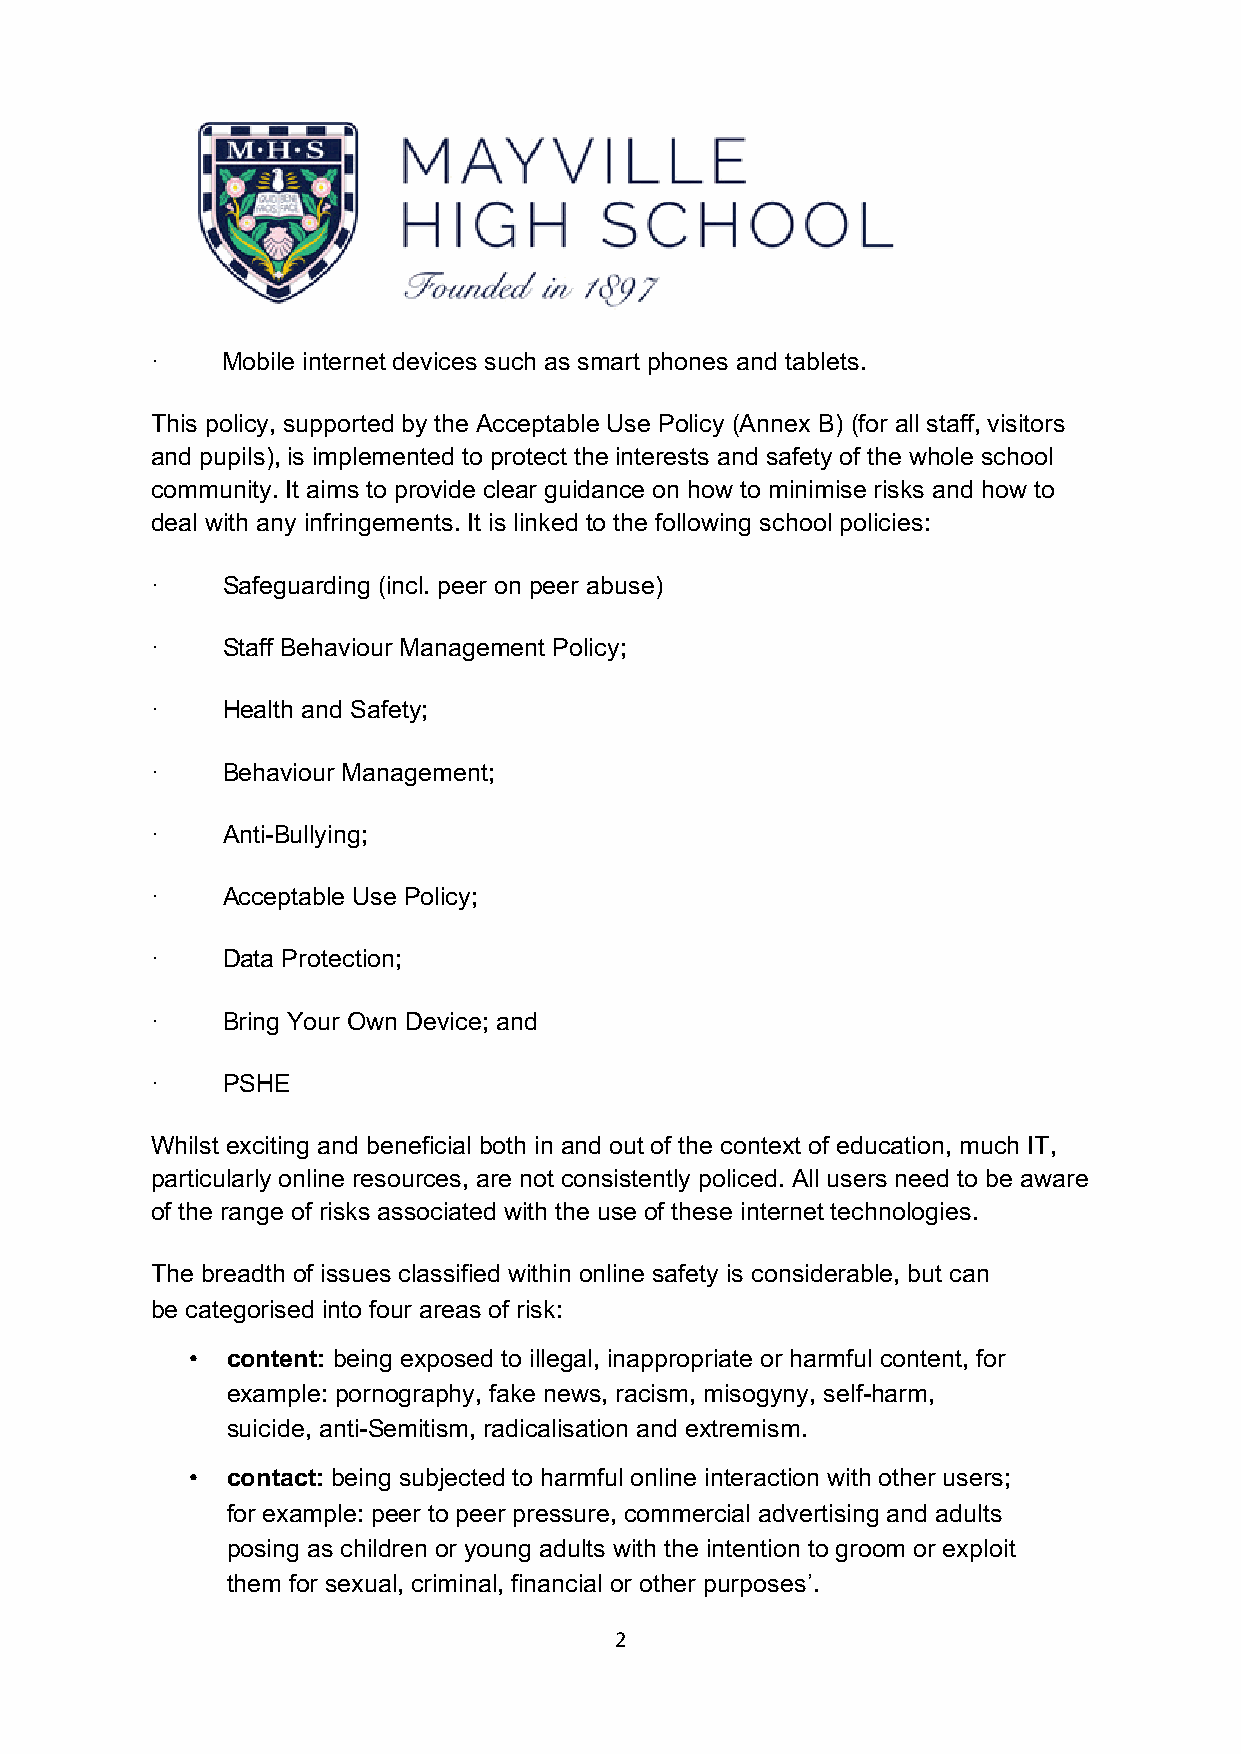
·    Mobile internet devices such as smart phones and tablets.
 This policy, supported by the Acceptable Use Policy (Annex B) (for all staff, visitors
 and pupils), is implemented to protect the interests and safety of the whole school
 community. It aims to provide clear guidance on how to minimise risks and how to
 deal with any infringements. It is linked to the following school policies:
 ·    Safeguarding (incl. peer on peer abuse)
 ·    Staff Behaviour Management Policy;
 ·    Health and Safety;
 ·    Behaviour Management;
 ·    Anti-Bullying;
 ·    Acceptable Use Policy;
 ·    Data Protection;
 ·    Bring Your Own Device; and
 ·    PSHE
 Whilst exciting and beneficial both in and out of the context of education, much IT,
 particularly online resources, are not consistently policed. All users need to be aware
 of the range of risks associated with the use of these internet technologies.
 The breadth of issues classified within online safety is considerable, but can
 be categorised into four areas of risk:
 • content: being exposed to illegal, inappropriate or harmful content, for
 example: pornography, fake news, racism, misogyny, self-harm,
 suicide, anti-Semitism, radicalisation and extremism.
 • contact: being subjected to harmful online interaction with other users;
 for example: peer to peer pressure, commercial advertising and adults
 posing as children or young adults with the intention to groom or exploit
 them for sexual, criminal, financial or other purposes’.
 2